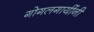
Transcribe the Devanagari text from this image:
गोगलगायींनी